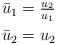
LaTeX: \begin{align*}\begin{aligned}\bar{u}_1&=\tfrac{u_2}{u_1}\\\bar{u}_2&=u_2\end{aligned}\end{align*}